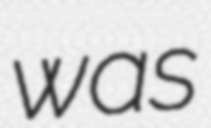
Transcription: was